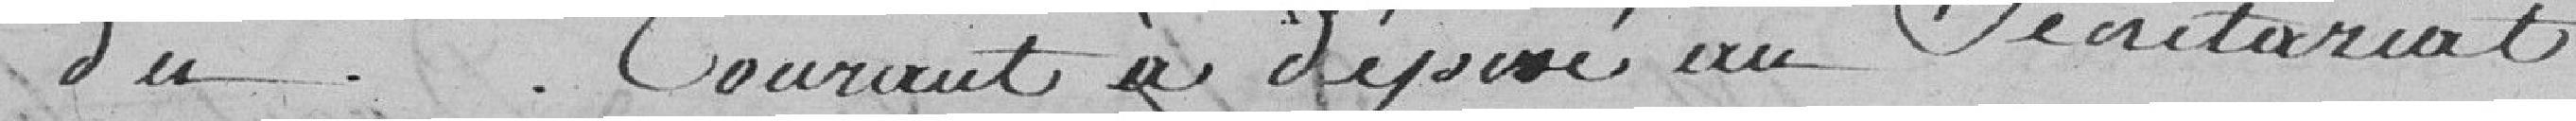
du . Courant a déposé au secrétariat